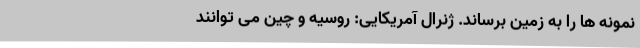
نمونه ها را به زمین برساند. ژنرال آمریکایی: روسیه و چین می توانند